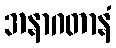
အနာဂတာနံ